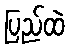
ပြည်ထဲ